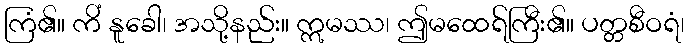
ကြံ၏။ ကိံ နူခေါ၊ အသို့နည်း။ ဣမဿ၊ ဤမထေရ်ကြီး၏။ ပတ္တစီဝရံ၊